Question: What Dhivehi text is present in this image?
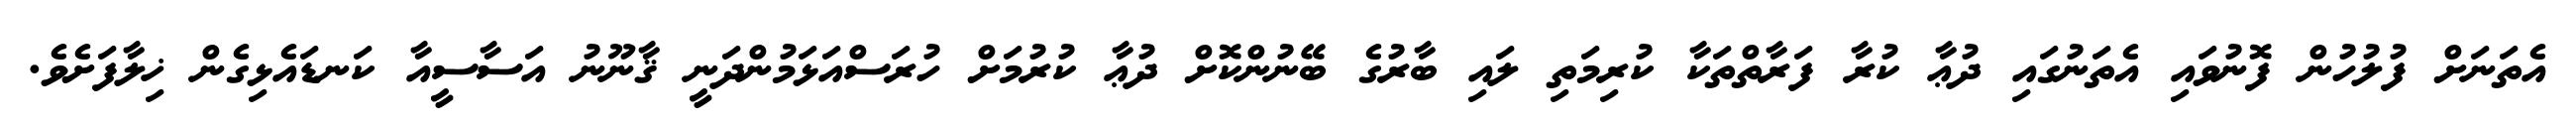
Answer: އެތަނަށް ފުލުހުން ފޮނުވައި އެތަނުގައި ދުޢާ ކުރާ ފަރާތްތަކާ ކުރިމަތި ލައި ބާރުގެ ބޭނުންކޮށް ދުޢާ ކުރުމަށް ހުރަސްއަޅަމުންދަނީ ޤާނޫނު އަސާސީއާ ކަނޑައެޅިގެން ޚިލާފަށެވެ.